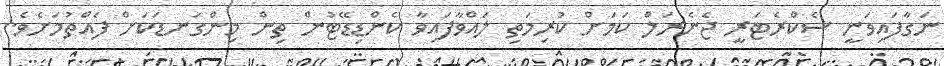
ނަގާފައިވަނީ ސެކްރެޓަރީ ޖެނެރަލް ކަމަށް ކުރިމަތި ލައްވާފައިވާ ކެންޑިޑޭޓުން ތިން މިންގަނޑަކަށް ފެއްތުމަށެވެ.